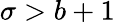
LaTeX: \sigma>b+1